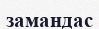
замандас